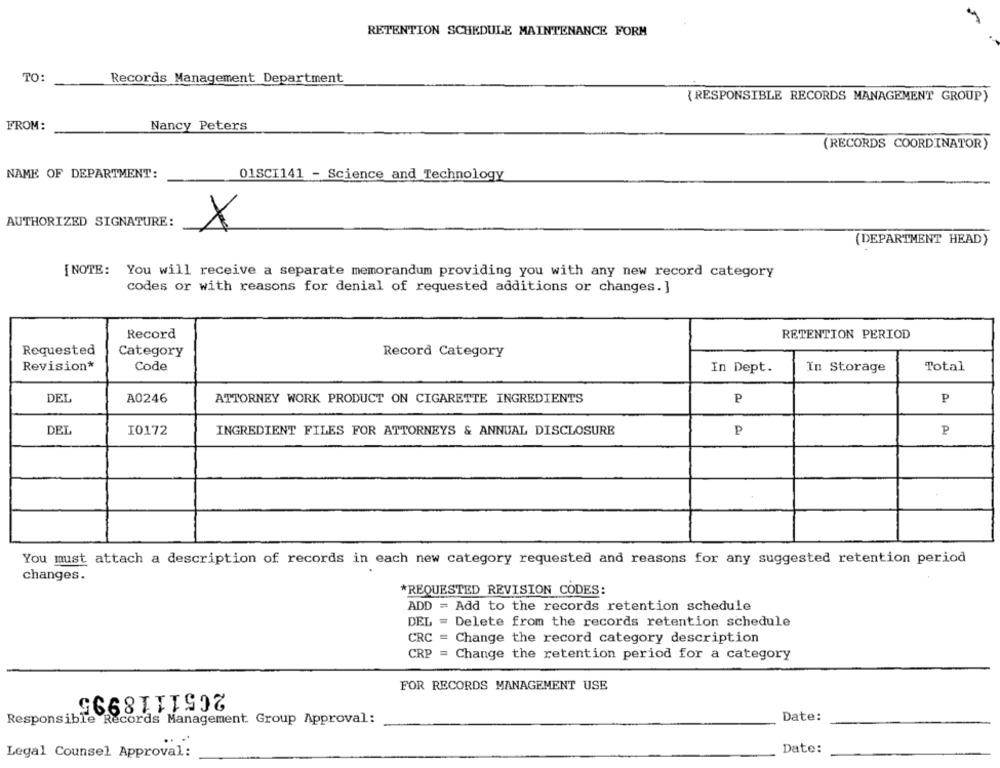
RETENTION SCHEDULE MAINTENANCE FORM
TO:
Records Management Department
{ RESPONSIBLE RECORDS MANAGEMENT GROUP)
FROM:
Nancy Peters
(RECORDS COORDINATOR)
NAME OF DEPARTMENT:
01SCI141 - Science and Technology
AUTHORIZED SIGNATURE:
X
(DEPARTMENT HEAD)
[NOTE: You will receive a separate memorandum providing you with any new record category
codes or with reasons for denial of requested additions or changes. ]
Record
RETENTION PERIOD
Requested
Category
Record Category
Revision*
Code
In Dept.
In Storage
Total
DEL
A0246
ATTORNEY WORK PRODUCT ON CIGARETTE INGREDIENTS
P
P
DEL
I0172
P
INGREDIENT FILES FOR ATTORNEYS & ANNUAL DISCLOSURE
P
You must attach a description of records in each new category requested and reasons for any suggested retention period
changes.
*REQUESTED REVISION CODES:
ADD = Add to the records retention schedule
DEL = Delete from the records retention schedule
CRC = Change the record category description
CRP = Change the retention period for a category
2651118995
FOR RECORDS MANAGEMENT USE
Responsible Records Management Group Approval:
Date:
Legal Counsel Approval :
Date: